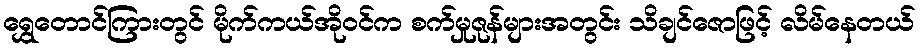
ရွှေတောင်ကြားတွင် မိုက်ကယ်အိုဝင်က စက်မှုဇုန်များအတွင်း သိချင်ဇောဖြင့် လိမ်နေတယ်